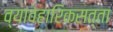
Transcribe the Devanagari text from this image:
व्यावहारिकसत्ता